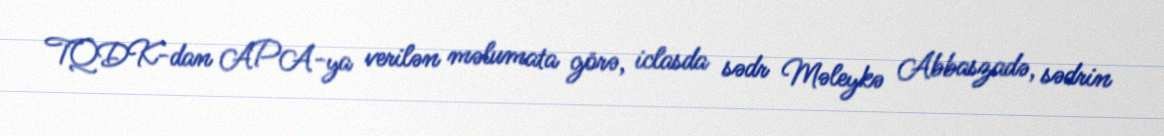
TQDK-dan APA-ya verilən məlumata görə, iclasda sədr Məleykə Abbaszadə, sədrin